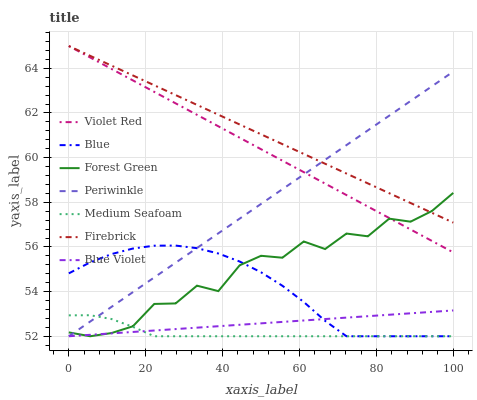
| xaxis_label | Violet Red | Blue | Forest Green | Periwinkle | Medium Seafoam | Firebrick | Blue Violet |
 | --- | --- | --- | --- | --- | --- | --- | --- |
 | 0 | 65 | 54.8 | 52.2 | 52 | 52.9 | 65 | 52 |
 | 5.56 | 64.5 | 55.3 | 52 | 52.7 | 52.9 | 64.6 | 52.1 |
 | 11.1 | 64 | 55.7 | 52.1 | 53.3 | 52.8 | 64.1 | 52.1 |
 | 16.7 | 63.5 | 55.9 | 52.4 | 54 | 52.4 | 63.7 | 52.2 |
 | 22.2 | 62.9 | 56.1 | 53.4 | 54.6 | 52 | 63.2 | 52.3 |
 | 27.8 | 62.4 | 56.1 | 53.5 | 55.3 | 52 | 62.8 | 52.3 |
 | 33.3 | 61.9 | 55.9 | 54.3 | 56 | 52 | 62.4 | 52.4 |
 | 38.9 | 61.4 | 55.7 | 54 | 56.6 | 52 | 61.9 | 52.4 |
 | 44.4 | 60.9 | 55.3 | 55.2 | 57.3 | 52 | 61.5 | 52.5 |
 | 50 | 60.4 | 54.9 | 55.6 | 57.9 | 52 | 61 | 52.6 |
 | 55.6 | 59.9 | 54.3 | 55.5 | 58.6 | 52 | 60.6 | 52.6 |
 | 61.1 | 59.4 | 53.5 | 56.2 | 59.2 | 52 | 60.2 | 52.7 |
 | 66.7 | 58.8 | 52.7 | 55.9 | 59.9 | 52 | 59.7 | 52.8 |
 | 72.2 | 58.3 | 52 | 56.6 | 60.6 | 52 | 59.3 | 52.8 |
 | 77.8 | 57.8 | 52 | 56.5 | 61.2 | 52 | 58.8 | 52.9 |
 | 83.3 | 57.3 | 52 | 57.3 | 61.9 | 52 | 58.4 | 53 |
 | 88.9 | 56.8 | 52 | 57.1 | 62.5 | 52 | 58 | 53 |
 | 94.4 | 56.3 | 52 | 57.6 | 63.2 | 52 | 57.5 | 53.1 |
 | 100 | 55.8 | 52 | 58.4 | 63.9 | 52 | 57.1 | 53.2 |